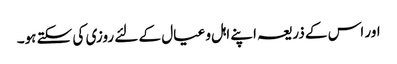
اور اس کے ذریعہ اپنے اہل و عیال کے لئے روزی کی سکتے ہو۔